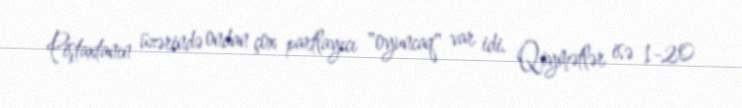
Piştaxtanın üzərində ondan çox partlayıcı "oyuncaq" var idi. Qiymətlər isə 1-20